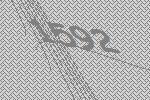
1592